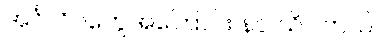
အင်္ဂလိပ်တွေအကြောင်း နင် သိပါတယ်